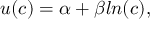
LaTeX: u ( c ) = \alpha + \beta l n ( c ) ,